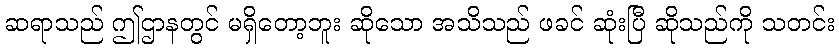
ဆရာသည် ဤဌာနတွင် မရှိတော့ဘူး ဆိုသော အသိသည် ဖခင် ဆုံးပြီ ဆိုသည်ကို သတင်း